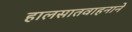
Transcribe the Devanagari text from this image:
हालसातवाहनाने